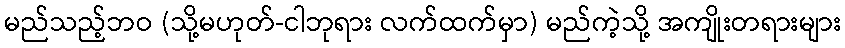
မည်သည့်ဘဝ (သို့မဟုတ်-ငါဘုရား လက်ထက်မှာ) မည်ကဲ့သို့ အကျိုးတရားများ